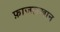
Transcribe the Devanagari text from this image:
फ़ाजलखान